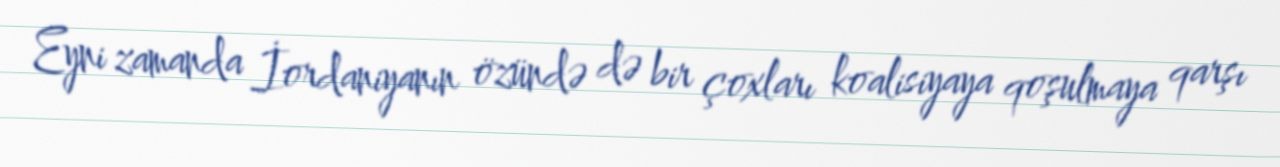
Eyni zamanda İordaniyanın özündə də bir çoxları koalisiyaya qoşulmaya qarşı